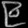
Digit: ၉